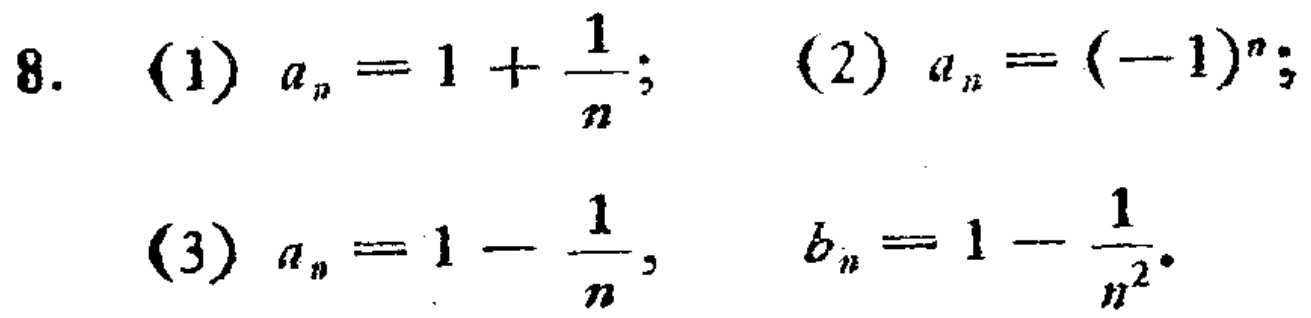
8. (1) \(a_{n}=1+\frac{1}{n}\); (2) \(a_{n}=(-1)^{n}\);
(3) \(a_{n}=1 - \frac{1}{n}\), \(b_{n}=1-\frac{1}{n^{2}}\).